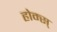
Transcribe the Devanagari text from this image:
होम्स्